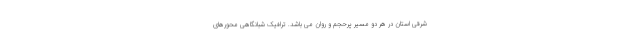
شرقی استان در هر دو مسیر پرحجم و روان می باشد. ترافیک شبانگاهی محورهای